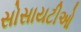
સોસાયટીઓ